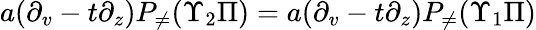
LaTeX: a(\partial_{v}-t\partial_{z})P_{\neq}(\Upsilon_{2}\Pi)=a(\partial_{v}-t\partial_{z})P_{\neq}(\Upsilon_{1}\Pi)